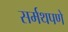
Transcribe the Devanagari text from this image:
सर्मथपणे